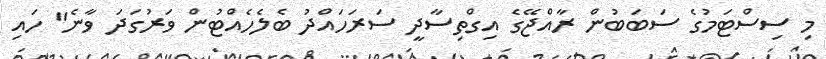
މި ސިސްޓަމުގެ ސަބަބުން ރާއްޖޭގެ އިގްތިސާދީ ސަރަހައްދު ބެލެހެއްޓުން ވަރުގަދަ ވާނެ" ހައި